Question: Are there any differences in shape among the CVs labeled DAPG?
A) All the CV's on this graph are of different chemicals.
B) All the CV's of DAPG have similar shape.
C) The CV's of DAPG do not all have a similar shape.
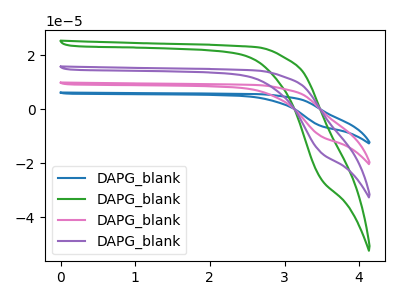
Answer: <think>The blue curve "DAPG_blank1" has no peaks. The green curve "DAPG_blank2" has no peaks. The pink curve "DAPG_blank3" has no peaks. The purple curve "DAPG_blank4" has no peaks.
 Neither "DAPG_blank1" or "DAPG_blank2" have any peaks. Neither "DAPG_blank1" or "DAPG_blank3" have any peaks. Neither "DAPG_blank1" or "DAPG_blank4" have any peaks. Neither "DAPG_blank2" or "DAPG_blank3" have any peaks. Neither "DAPG_blank2" or "DAPG_blank4" have any peaks. Neither "DAPG_blank3" or "DAPG_blank4" have any peaks.</think>
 <answer>B) All the CV's of "DAPG" have similar shape.</answer>
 <eval>B</eval>